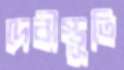
দেবীস্তুতি